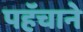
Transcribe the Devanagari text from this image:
पहॅचाने